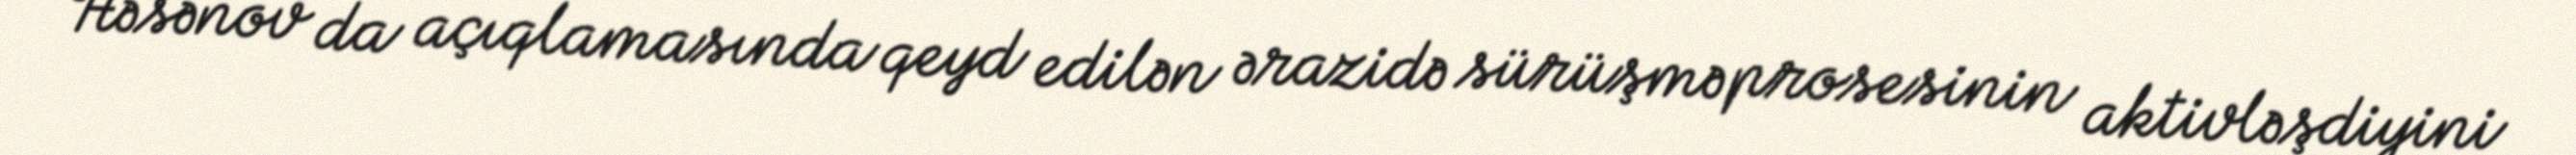
Həsənov da açıqlamasında qeyd edilən ərazidə sürüşmə prosesinin aktivləşdiyini